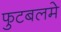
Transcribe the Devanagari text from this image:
फुटबलमे